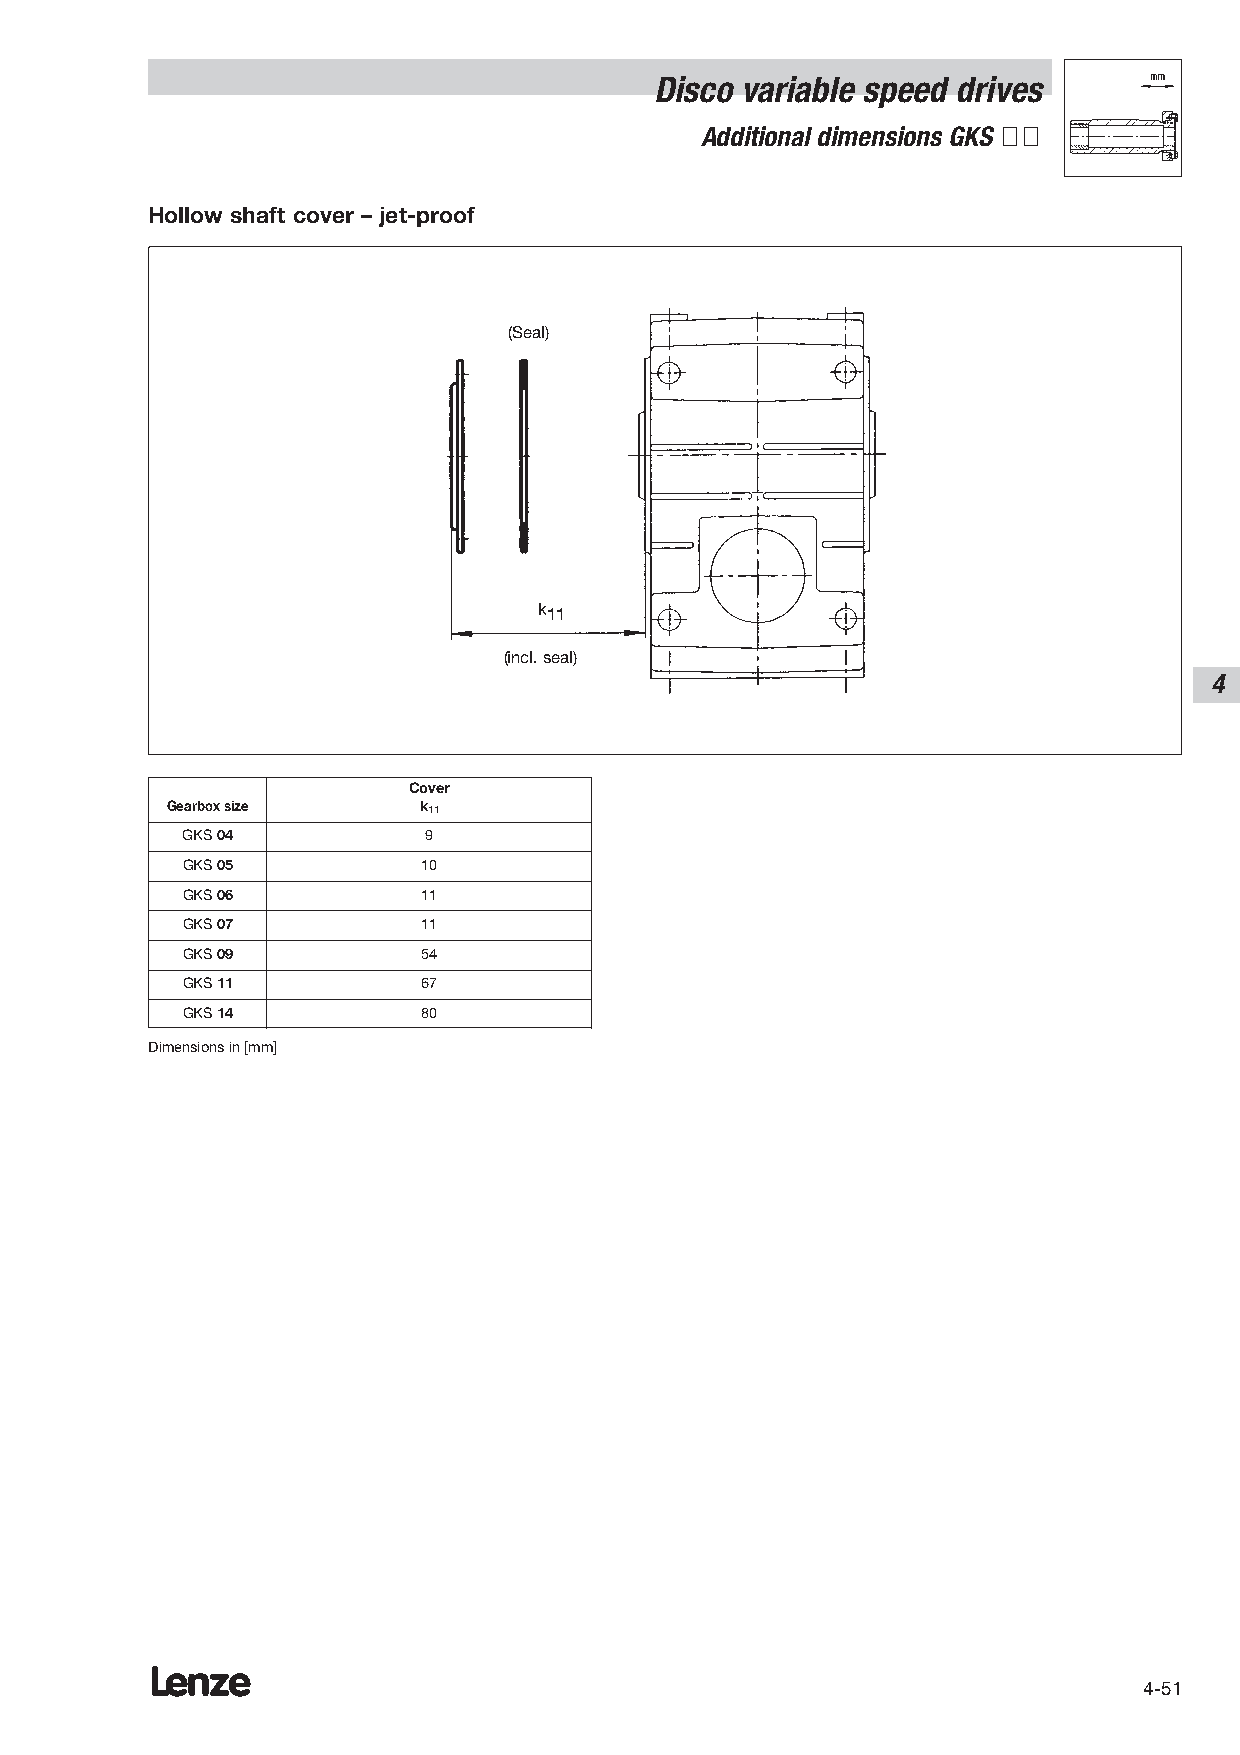
Disco variable speed drives
 Additional dimensions GKS ÇÇ
 Hollow shaft cover – jet-proof
 (Seal)
 k11
 (incl. seal)
 4
 Cover
 Gearbox size     k11
 GKS 04          9
 GKS 05          10
 GKS 06          11
 GKS 07          11
 GKS 09          54
 GKS 11          67
 GKS 14          80
 Dimensions in [mm]
 Lenze
 4-51